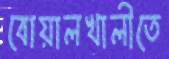
বোয়ালখালীতে